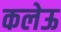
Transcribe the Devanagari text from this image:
कलेऊ